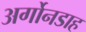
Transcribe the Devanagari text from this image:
अर्गोनडाह